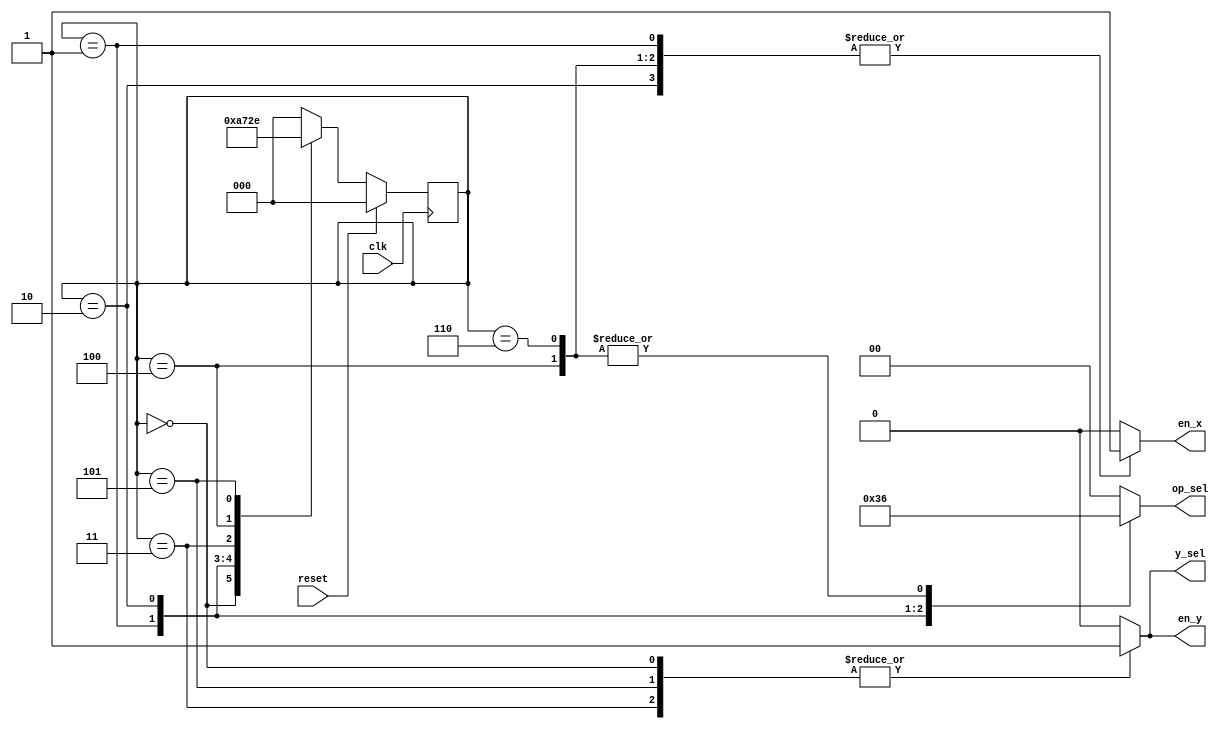
module additive_inverse_fsm (
   input             clk,
   input             reset,
   output reg  [1:0] op_sel,
   output reg        en_x,
   output reg        en_y,
   output reg        y_sel
   );
   
   parameter S0   = 3'd0;
   parameter S1   = 3'd1;
   parameter S2   = 3'd2;
   parameter S3   = 3'd3;
   parameter S4   = 3'd4;
   parameter S5   = 3'd5;
   parameter S6   = 3'd6;
   
   reg [2:0] state, next_state;
      
   always @(posedge clk)
      if (reset)
         state <= S0;
      else
         state <= next_state;
      
   always @(*) begin
      op_sel   = 0;
      en_x     = 0;
      en_y     = 0;
      y_sel    = 0;
      case (state)
         S0: begin
            y_sel = 1;  en_y = 1;
            next_state = S1;
         end
         S1: begin
            op_sel = 3;  en_x = 1;
            next_state = S2;
         end
         S2: begin
            op_sel = 1;  en_x = 1;
            next_state = S3;
         end
         S3: begin
            y_sel = 1;  en_y = 1;
            next_state = S4;
         end
         S4: begin
            op_sel = 2;  en_x = 1;
            next_state = S5;
         end
         S5: begin
            y_sel = 1;  en_y = 1;
            next_state = S6;
         end
         S6: begin
           op_sel = 2;  en_x = 1;
           next_state = S0;
         end
         default
            next_state = S0;
      endcase
   end
   
endmodule